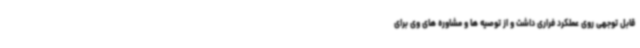
قابل توجهی روی عملکرد فراری داشت و از توصیه ها و مشاوره های وی برای